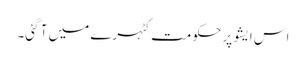
اس ایشو پر حکومت کٹہرے میں آ گئی۔